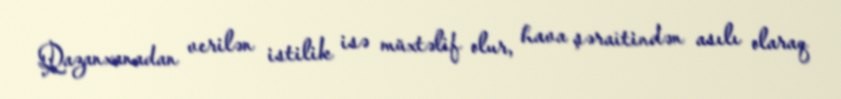
Qazanxanadan verilən istilik isə müxtəlif olur, hava şəraitindən asılı olaraq